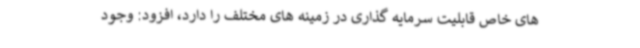
های خاص قابلیت سرمایه گذاری در زمینه های مختلف را دارد، افزود: وجود